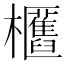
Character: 𣡛